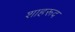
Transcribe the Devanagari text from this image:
शाहरूद